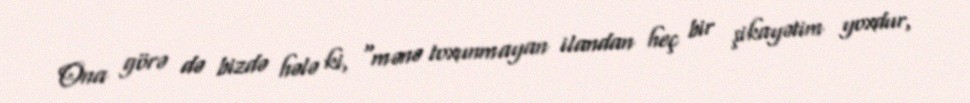
Ona görə də bizdə hələ ki, "mənə toxunmayan ilandan heç bir şikayətim yoxdur,